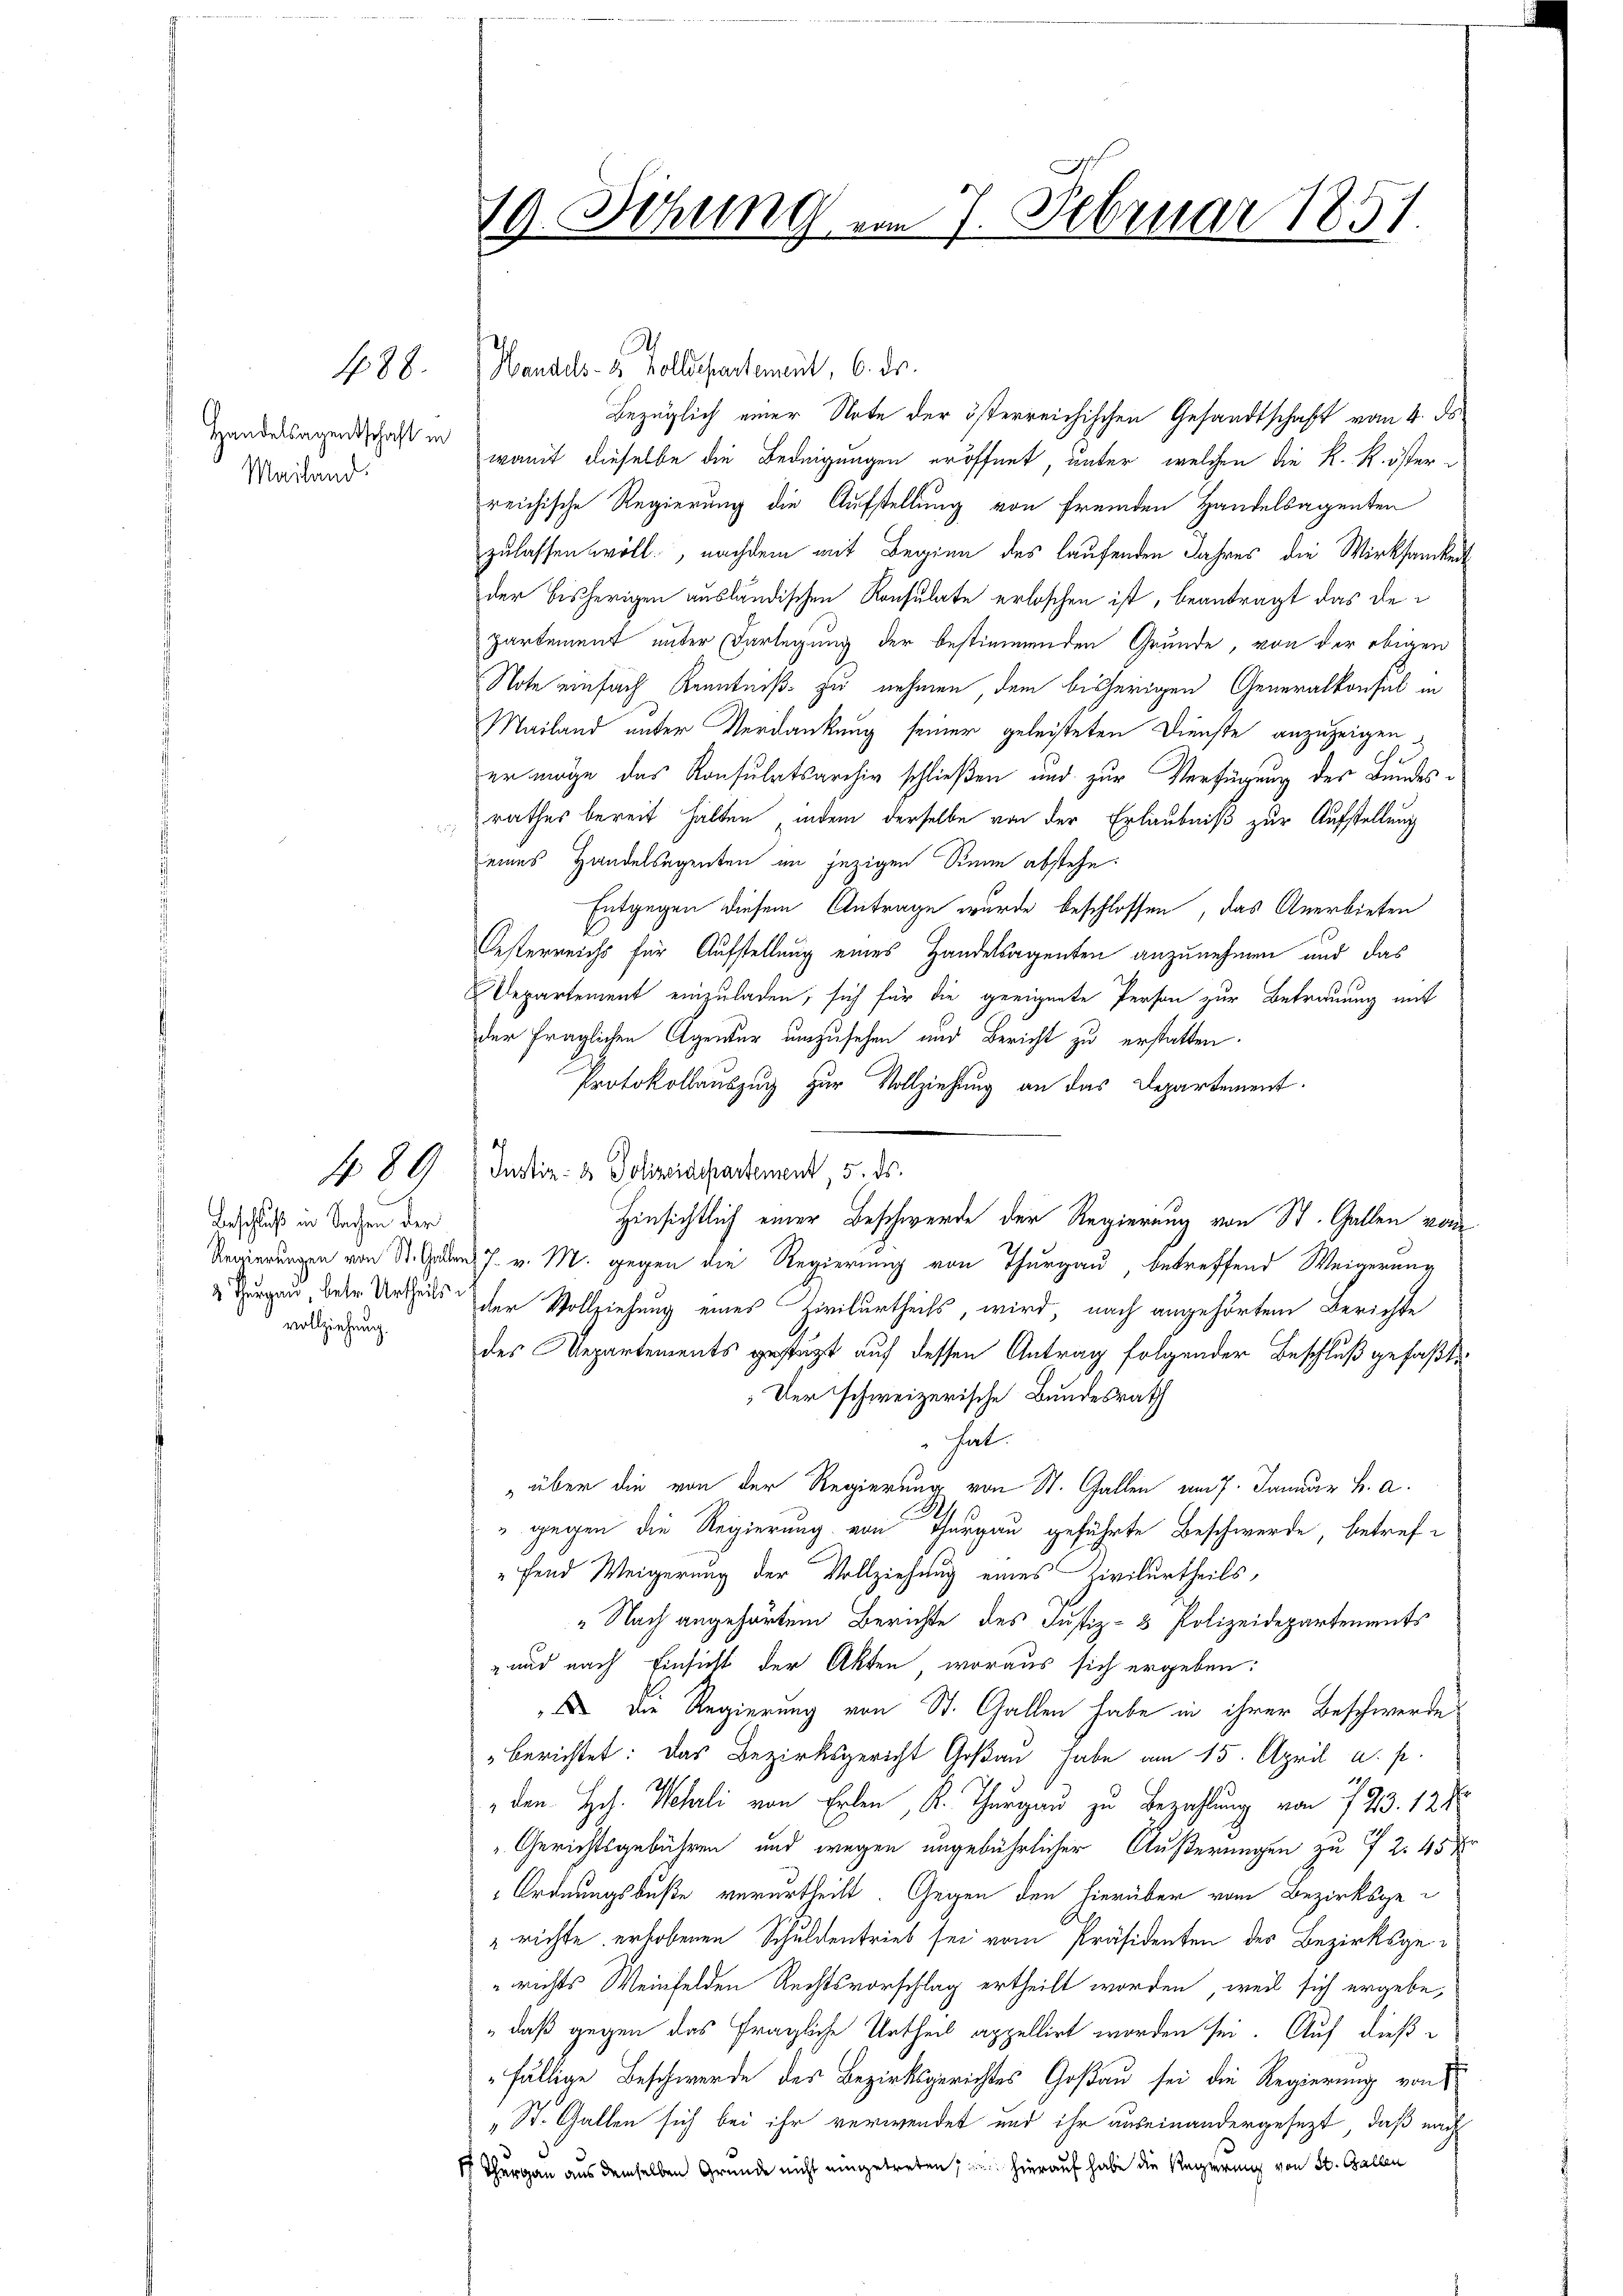
Handelsagentschaft in
Mailand.

Beschluß in Sachen der
vollziehung.

488.

489

19. Sitzung vom 7. Februar 1851

Mandels- u. Kollishartement, 6. ds.
Bezüglich einer Note der österreichischen Gesandtschaft vom 4. ds
womit dieselbe die Bedeigungen eröffnet, unter welchen die K. R. österreichische Regierung die Aufstellung von fremden Handelsagenten
zulassen woll, nachdem mit Beginn des laufenden Jahres die Wirksamkeit
der bisherigen ausländischen Konsulate erloschen ist, beantragt das de
partement unter Darlegung der bestimmenden Grunde, von der obigen
Note einfach Kenntniß zu nehmen, dem bisherigen Generalkonsul in
Mailand unter Verdankung seiner geleisteten Dienste anzuzeigen
er möge das Konsulatsarchiv schließen und zur Verfügung des Bundesrathes bereit halten, indem derselbe von der Erlaubniß zur Aufstellung
eines Handelsagenten im jezigen Senn abstehe.
Entgegen diesem Antrage wurde beschlossen, das Anerbieten
Oesterreichs für Aufstellung eines Handelsagenten anzunehmen und das
Departement einzuladen, sich für die geeignete Person zur Betrauung mit
der fraglichen Agentur umzusehen und Bericht zu erstatten.
Protokollauszug zur Vollziehung an das Departement.
Justiz- & Polizeidepartement, 5. ds.
Hinsichtlich einer Beschwerde der Regierung von St. Gallen von
Regierungen von St. Gallen 7. v. M. gegen die Regierung von Thurgau, betreffend Weigerung
 Thurgau, der Urthes der Vollziehung eines Zivilurtheils, wird, nach angehörten Berichte
des Repartements gestützt auf dessen Antrag folgender Beschluß gefaßte
Der schweizerische Bundesrath
hal
über die von der Regierung von St. Gallen am 7. Januar h. a.
" gegen die Regierung von Thurgau geführte Beschwerde, betreffend Weigerung der Vollziehung eines Zivilurtheils,
“ Nach angehörten Berichte des Justiz- & Polizeidepartements
" und nach Einsicht der Akten, woraus sich ergeben:
 Die Regierung von St. Gallen habe in ihrer Beschwerde
berichtet: Das Bezirksgericht Goßau, habe am 15. April a. p.
114
214
" den Hch. Mehl von Erlen, K. Thurgau zu Bezahlung von 743. 128
"Gerichtsgebühren und wegen ungebührlicher Äußerungen zu 7 2. 45 x
Ordnungsbuße verurtheilt. Gegen den hierüber vom Bezirksgerichte erhobenen Schuldentrieb sei vom Präsidenten des Bezirksge¬
„richts Weinfelden Rechtsvorschlag ertheilt worden, weil sich ergebe,
„daß gegen das fragliche Urtheil appellirt worden sei. Auf dieß¬
"fällige Beschwerde des Bezirksgerichtes Goßau sei die Regierung von
„St. Gallen sich bei ihr verwendet und ihr auseinandergesezt, daß nach
 Thurgau aus demselben Grunde nicht eingetreten, u. hierauf habe die Regierung von St. Gallen